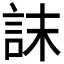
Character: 𮘀